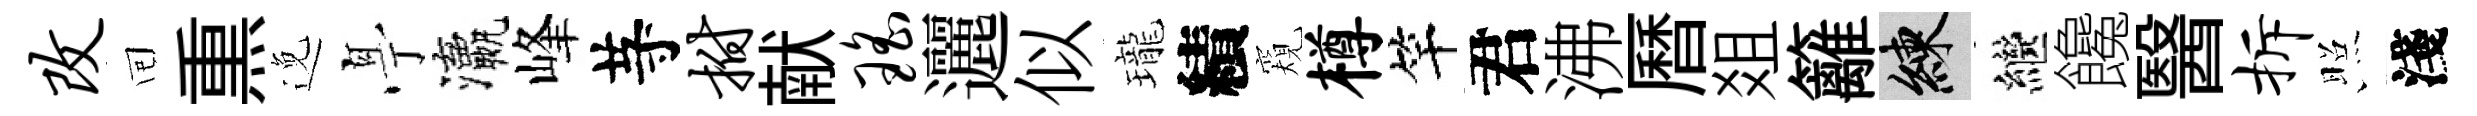
改囘𤋱𨓜𠅘瀛峰䒭拊献瑶邐似瓏績窺樽竿君沸曆爼籬練繼饞醫拆照淺